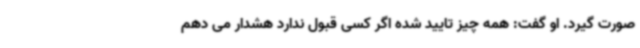
صورت گیرد. او گفت: همه چیز تایید شده اگر کسی قبول ندارد هشدار می دهم